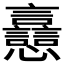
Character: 𧮗